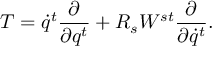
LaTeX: T = \dot { q } ^ { t } \frac { \partial } { \partial q ^ { t } } + R _ { s } W ^ { s t } \frac { \partial } { \partial \dot { q } ^ { t } } .